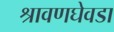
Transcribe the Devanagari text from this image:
श्रावणघेवडा